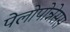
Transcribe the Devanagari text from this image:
पेलोपोन्नेसस